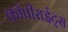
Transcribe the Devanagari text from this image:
कॉपीराईट्स